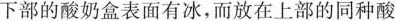
下部的酸奶盒表面有冰，而放在上部的同种酸